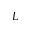
L